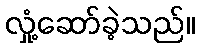
လှုံ့ဆော်ခဲ့သည်။